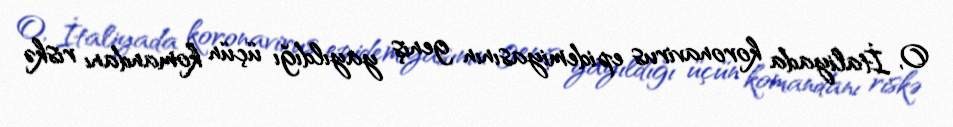
O, İtaliyada koronavirus epidemiyasının geniş yayıldığı üçün komandanı riskə